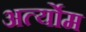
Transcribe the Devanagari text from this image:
अर्त्योम